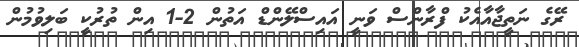
ރޭގެ ނަތީޖާއާއެކު ފްރާންސް ވަނީ އައިސްލޭންޑް އަތުން 2-1 އިން ތުރުކީ ބަލިވުމުން